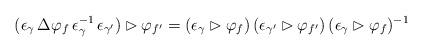
LaTeX: \begin{align*}(\epsilon_{\gamma} \, \Delta \varphi_f \, \epsilon_{\gamma}^{-1} \, \epsilon_{\gamma'}) \rhd \varphi_{f'} = (\epsilon_{\gamma} \rhd \varphi_f)\, (\epsilon_{\gamma'} \rhd \varphi_{f'}) \,(\epsilon_{\gamma} \rhd \varphi_f)^{-1}\end{align*}